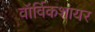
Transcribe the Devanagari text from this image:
वॉर्विकशायर